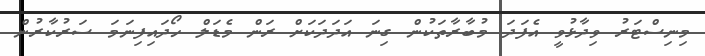
މިނިސްޓަރު ވިދާޅުވީ އެފަދަ މުބާރާތަކުން ގިނަ އަދަދަކަށް ރަން މެޑަލް ހޯދައިފިނަމަ ސަރުކާރުން